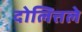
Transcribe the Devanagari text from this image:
दोलित्तले